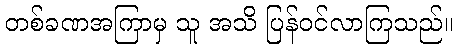
တစ်ခဏအကြာမှ သူ အသိ ပြန်ဝင်လာကြသည်။